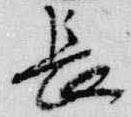
長